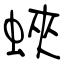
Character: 蛺